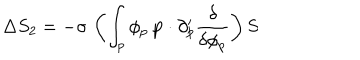
LaTeX: \Delta S _ { 2 } = - \sigma \, \left( \int _ { p } \phi _ { p } \, { \bf p } \cdot \partial _ { p } ^ { \prime } \frac { \delta } { \delta \phi _ { p } } \right) S